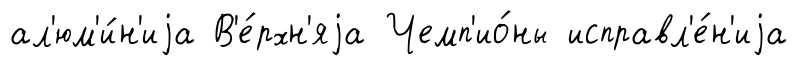
ал'юм'и́н'иjа В'е́рхн'яjа Чемп'ио́ны исправл'е́н'иjа